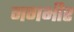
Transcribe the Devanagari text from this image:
नगभीर